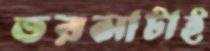
ভরসাটাই